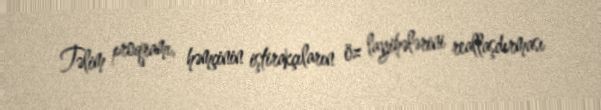
Təlim proqramı, həmçinin iştirakçıların öz layihələrini reallaşdırması